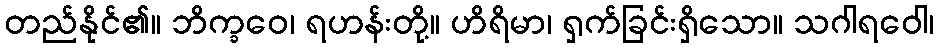
တည်နိုင်၏။ ဘိက္ခဝေ၊ ရဟန်းတို့။ ဟိရိမာ၊ ရှက်ခြင်းရှိသော။ သဂါရဝေါ၊